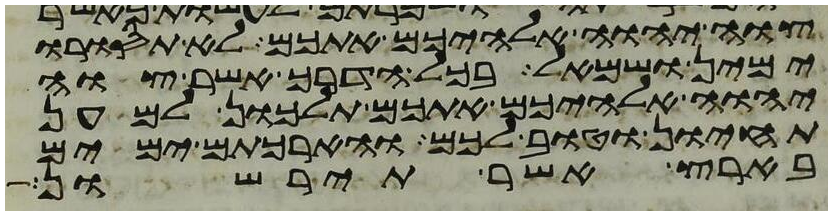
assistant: צוה יהוה אלהיכם אתכם לא תסורו
ימין ושמאל בכל הדרך אשר צוה
יהוה אלהיכם אתכם תלכון למען
תחיון וטוב לכם והארכתם ימים
בארץ אשר תירשון